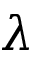
\boldsymbol { \lambda }